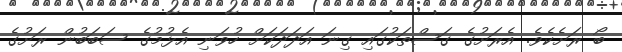
ބޯ ރަށެކެވެ. އެރަށުގެ ގަސްތަކުގައި ގިނަ އަދަދަކަށް ހުވަނި އެޅުމުގެ ސަބަބުން ރަށުގެ